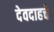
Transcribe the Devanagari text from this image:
देवदाहचे